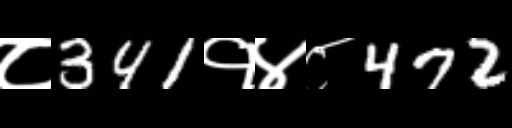
Text: ८341१४८472